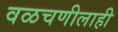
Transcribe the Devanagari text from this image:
वळचणीलाही